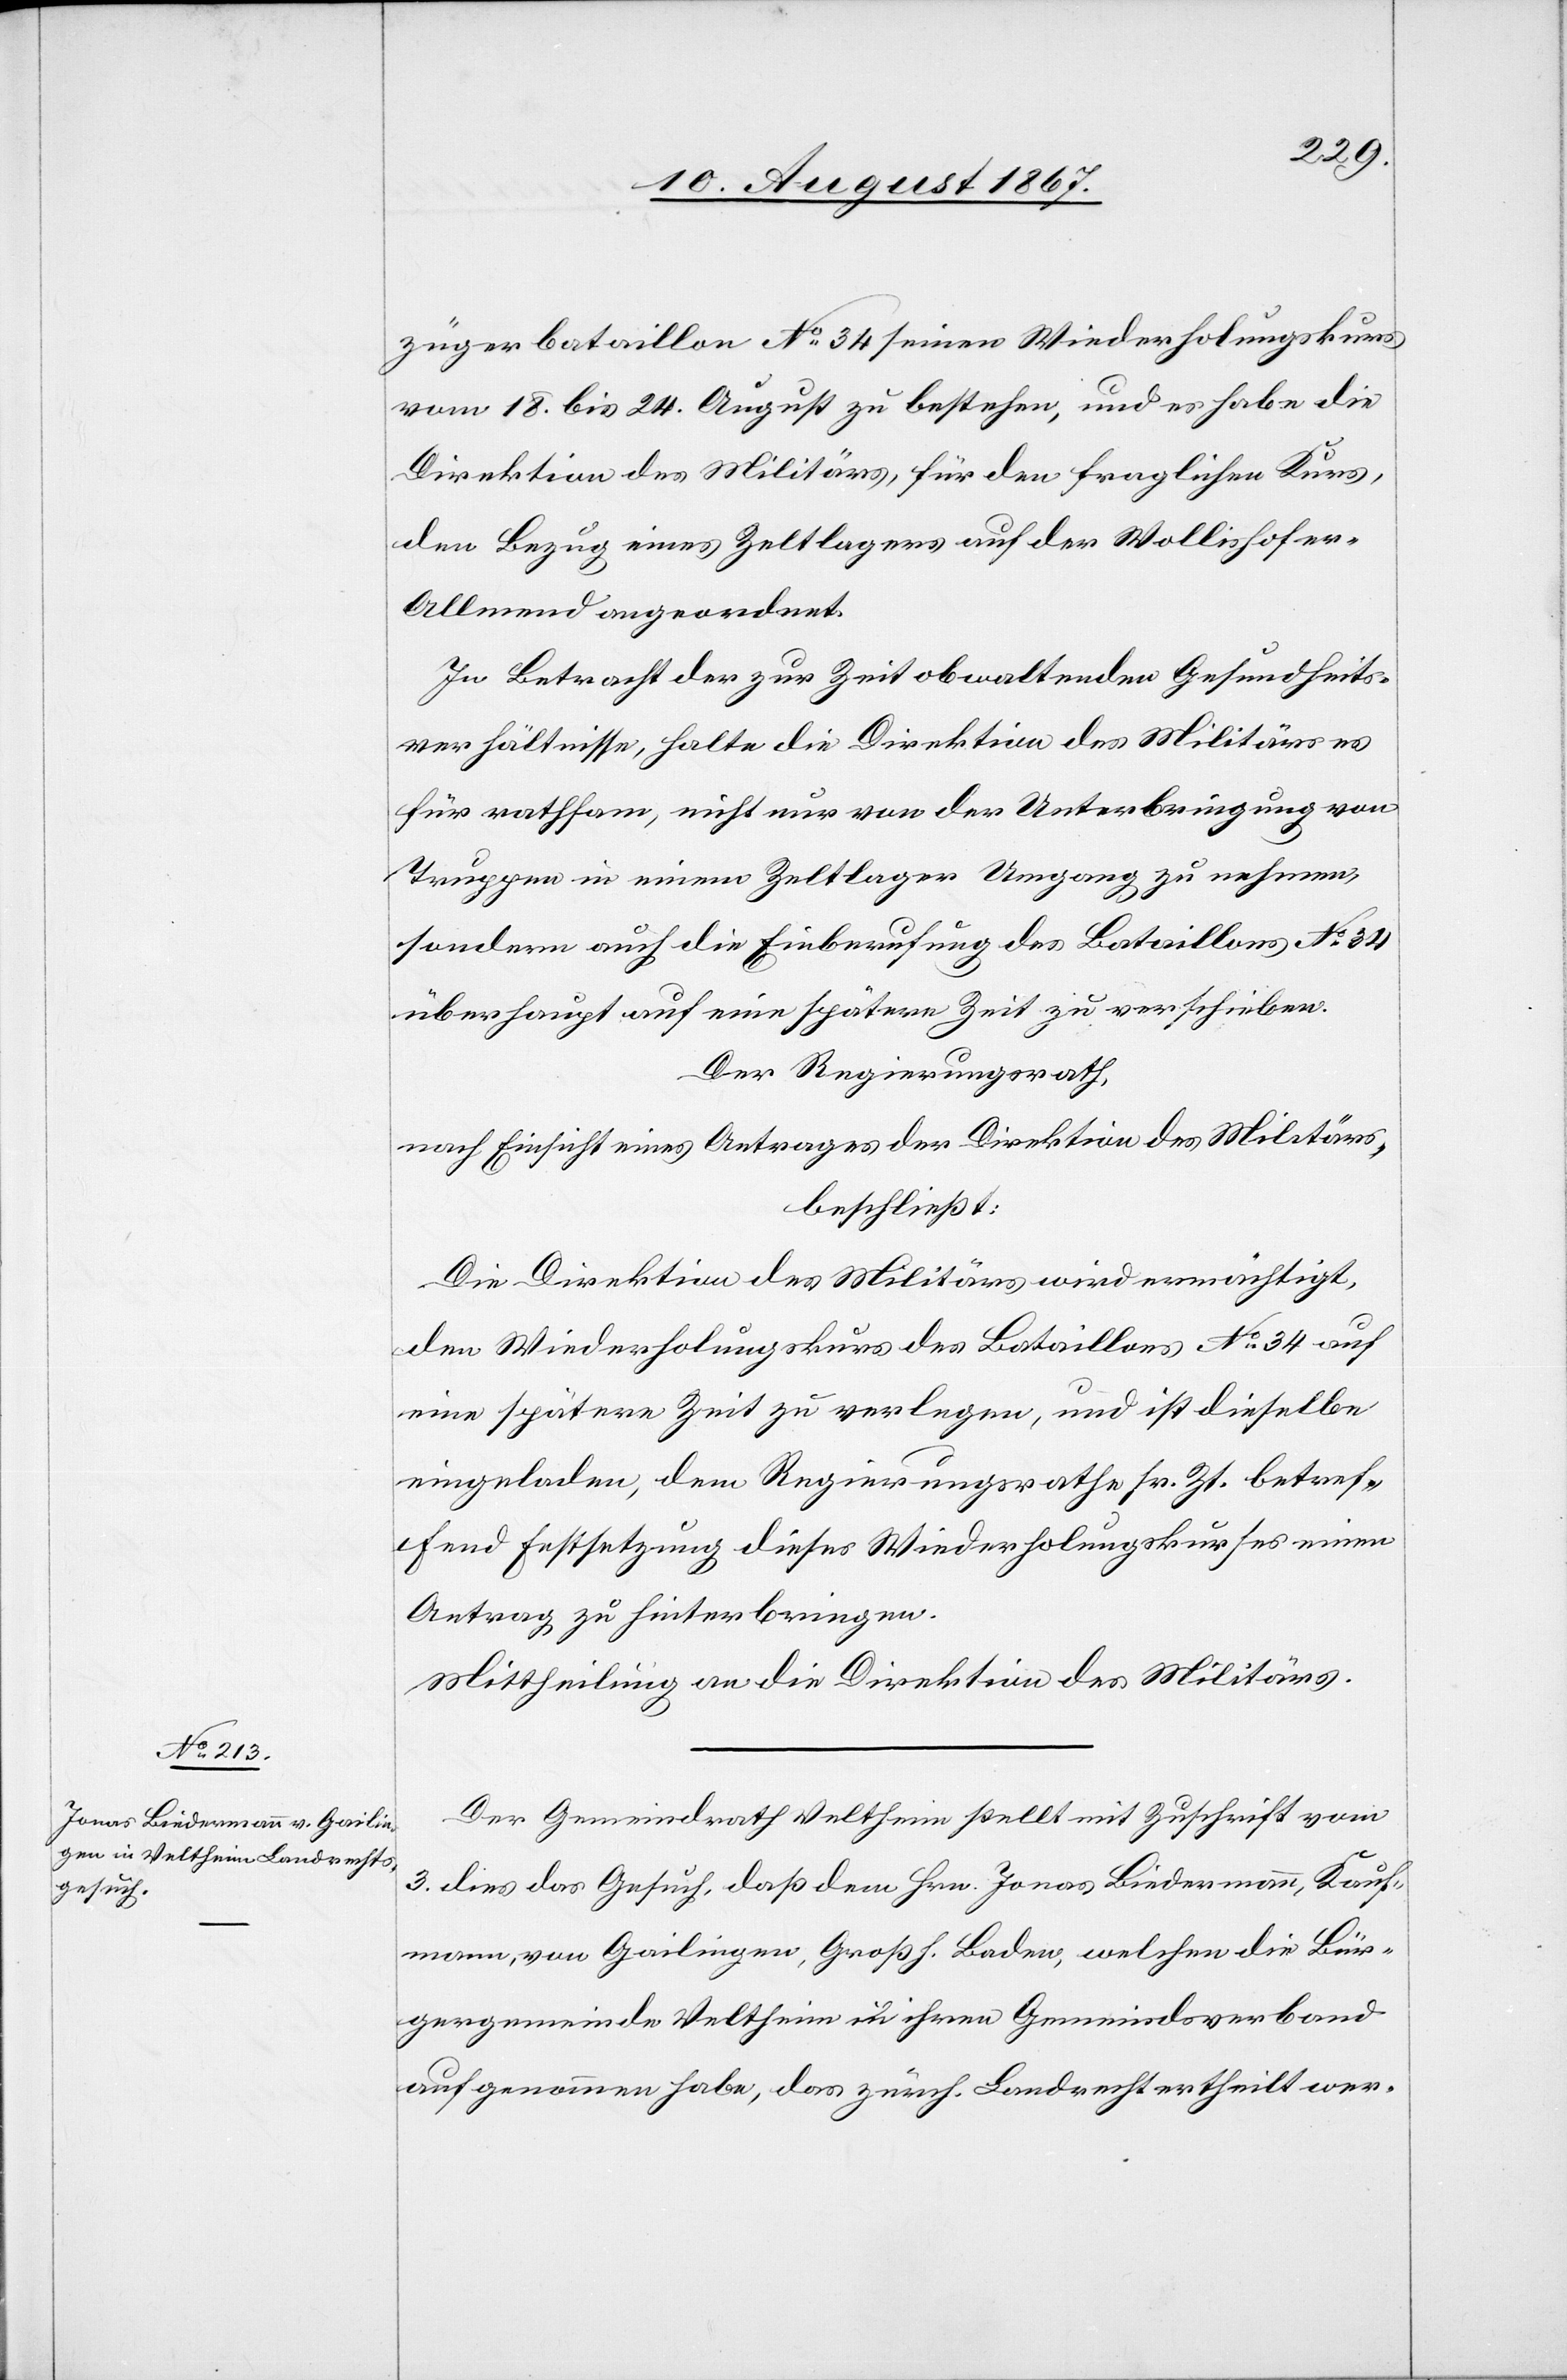
zügerbataillon No. 34 seinen Wiederholungskurs
vom 18. bis 24. August zu bestehen, und es habe die
Direktion des Militärs, für den fraglichen Kurs,
den Bezug eines Zeltlagers auf der Wollishofer
Allmend angeordnet.
In Betracht der zur Zeit obwaltenden Gesundheits¬
verhältnisse, halte die Direktion des Militärs es
für rathsam, nicht nur von der Unterbringung von
Truppen in einem Zeltlager Umgang zu nehmen,
sondern auch die Einberufung des Bataillons No. 34
überhaupt auf eine spätere Zeit zu verschieben.
Der Regierungsrath,
nach Einsicht eines Antrages der Direktion des Militärs,
beschließt:
Die Direktion des Militärs wird ermächtigt,
den Wiederholungskurs des Bataillons No. 34 auf
eine spätere Zeit zu verlegen, und ist dieselbe
eingeladen, dem Regierungsrathe sr. Zt. betref¬
fend Festsetzung dieses Wiederholungskurses einen
Antrag zu hinterbringen.
Mittheilung an die Direktion des Militärs.
Der Gemeindrath Veltheim stellt mit Zuschrift vom
3. dies das Gesuch, daß dem Hrn. Jonas Biedermann, Kauf¬
mann, von Gailingen, Großh. Baden, welchen die Bür¬
gergemeinde Veltheim in ihren Gemeindsverband
aufgenommen habe, das zrüch. Landrecht ertheilt wer-